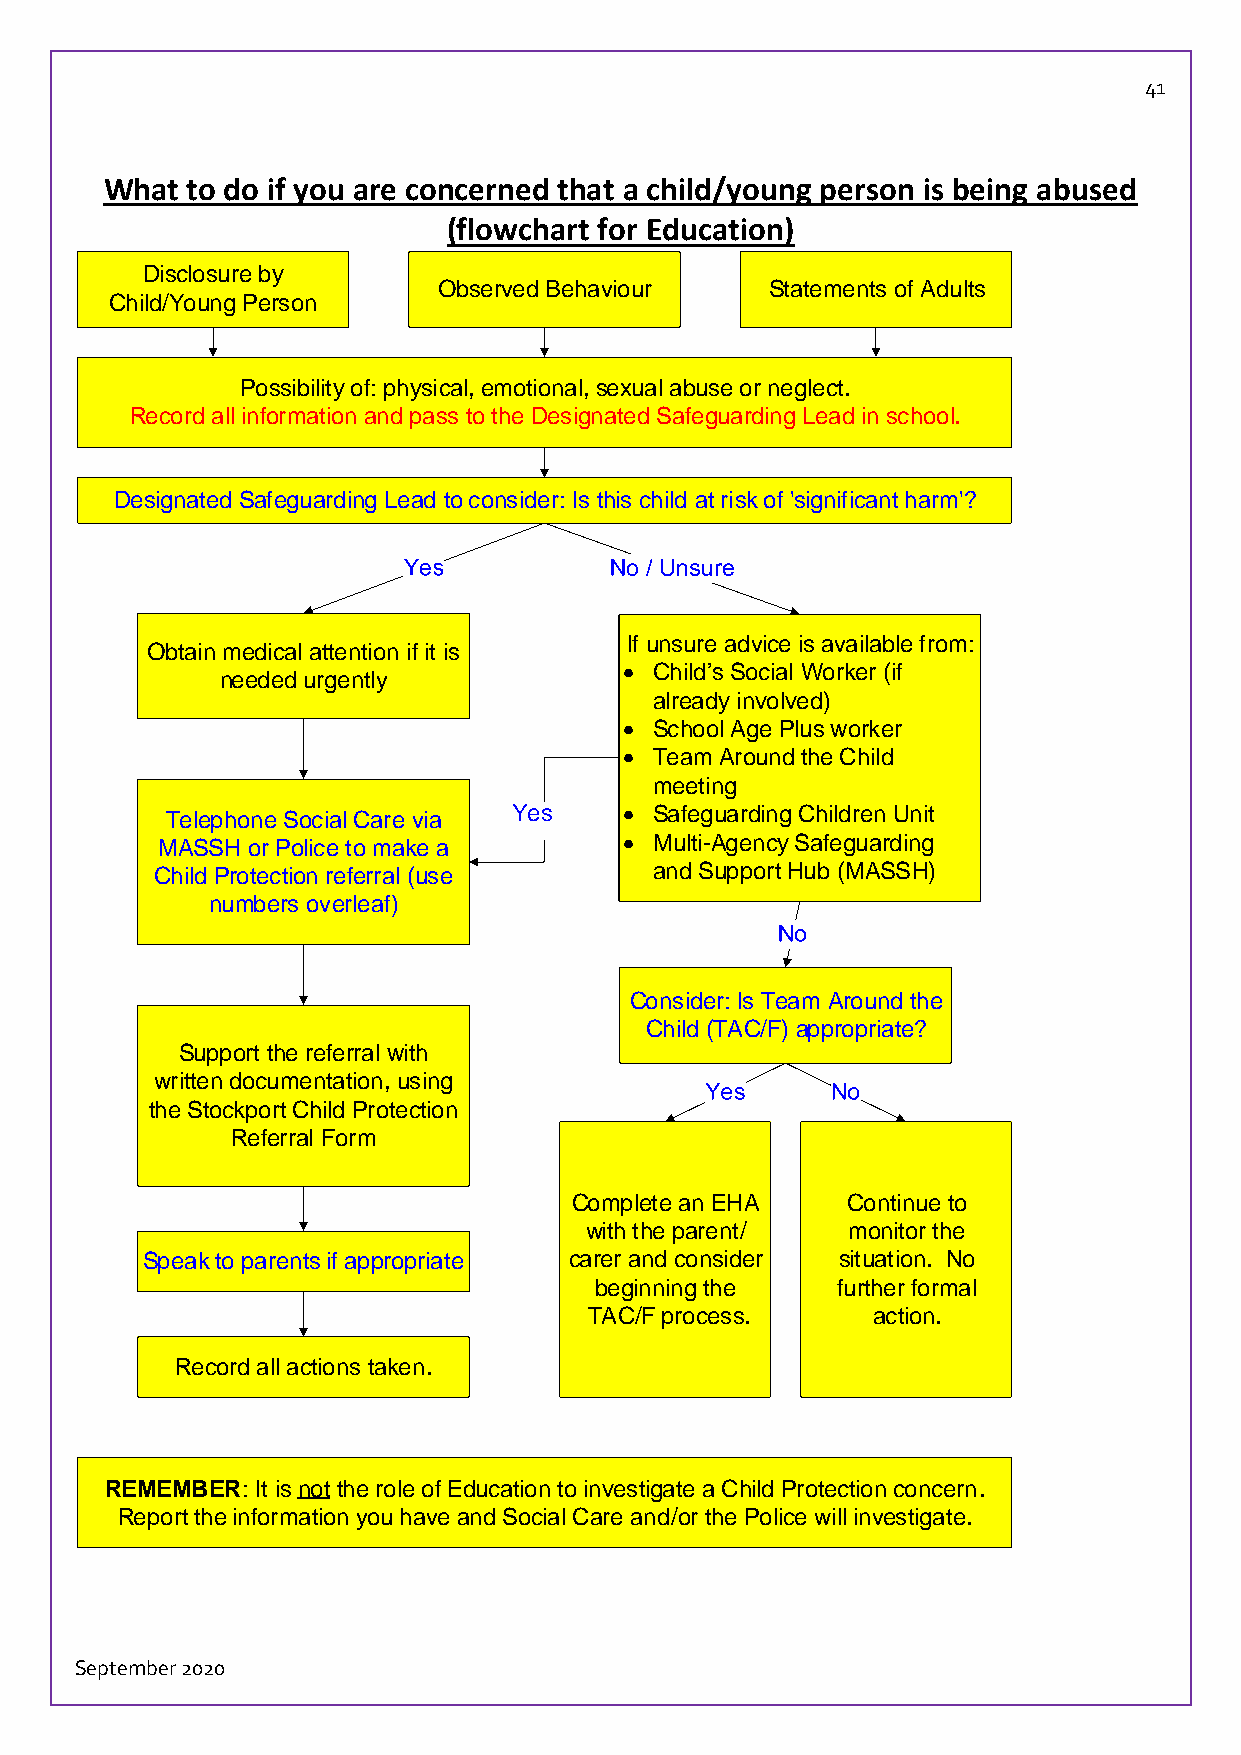
41
 What to do if you are concerned that a child/young person is being abused
 (flowchart for Education)
 Disclosure by
 Observed Behaviour    Statements of Adults
 Child/Young Person
 Possibility of: physical, emotional, sexual abuse or neglect.
 Record all information and pass to the Designated Safeguarding Lead in school.
 Designated Safeguarding Lead to consider: Is this child at risk of 'significant harm'?
 If unsure advice is available from:
 Obtain medical attention if it is
  Child s Social Worker (if
 needed urgently
 already involved)
  School Age Plus worker
  Team Around the Child
 meeting
 Telephone Social Care via Yes  Safeguarding Children Unit
 MASSH or Police to make a       Multi-Agency Safeguarding
 Child Protection referral (use   and Support Hub (MASSH)
 numbers overleaf)
 Consider: Is Team Around the
 Child (TAC/F) appropriate?
 Support the referral with
 written documentation, using
 the Stockport Child Protection
 Referral Form
 Complete an EHA   Continue to
 with the parent/ monitor the
 Speak to parents if appropriate carer and consider situation. No
 beginning the   further formal
 TAC/F process.     action.
 Record all actions taken.
 REMEMBER: It is not the role of Education to investigate a Child Protection concern.
 Report the information you have and Social Care and/or the Police will investigate.
 September 2020